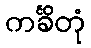
ကင်္ခိတုံ